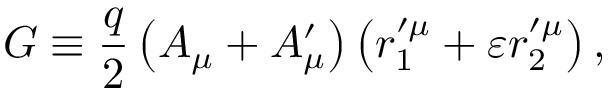
G \equiv \frac { q } { 2 } \left( A _ { \mu } + A _ { \mu } ^ { \prime } \right) \left( r _ { 1 } ^ { \prime \mu } + \varepsilon r _ { 2 } ^ { \prime \mu } \right) ,